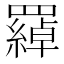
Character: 羄